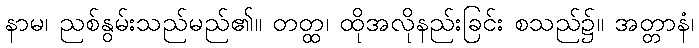
နာမ၊ ညစ်နွမ်းသည်မည်၏။ တတ္ထ၊ ထိုအလိုနည်းခြင်း စသည်၌။ အတ္တာနံ၊